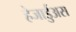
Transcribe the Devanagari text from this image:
हेजार्डुअस